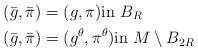
LaTeX: \begin{align*}(\bar{g}, \bar{\pi}) &= (g, \pi) \mbox{in } B_R\\(\bar{g}, \bar{\pi})&=(g^{\theta}, \pi^{\theta}) \mbox{in } M\setminus B_{2R}\end{align*}